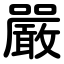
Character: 嚴